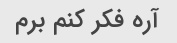
آره فکر کنم برم